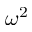
\omega ^ { 2 }